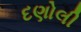
દણોલી